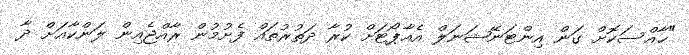
"ޚާއްސަކޮށް ގަން އިންޓަނޭޝަނަލް އެއާޕޯޓަށް ކުރާ ދަތުރުތައް ފެށުމުން ރާއްޖެއިން ލަންކާއަށް ދާ